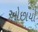
ઓછાયો